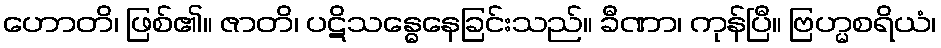
ဟောတိ၊ ဖြစ်၏။ ဇာတိ၊ ပဋိသန္ဓေနေခြင်းသည်။ ခီဏာ၊ ကုန်ပြီ။ ဗြဟ္မစရိယံ၊